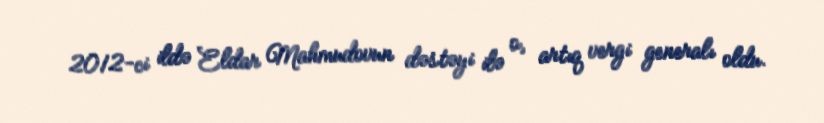
2012-ci ildə Eldar Mahmudovun dəstəyi ilə o, artıq vergi generalı oldu.